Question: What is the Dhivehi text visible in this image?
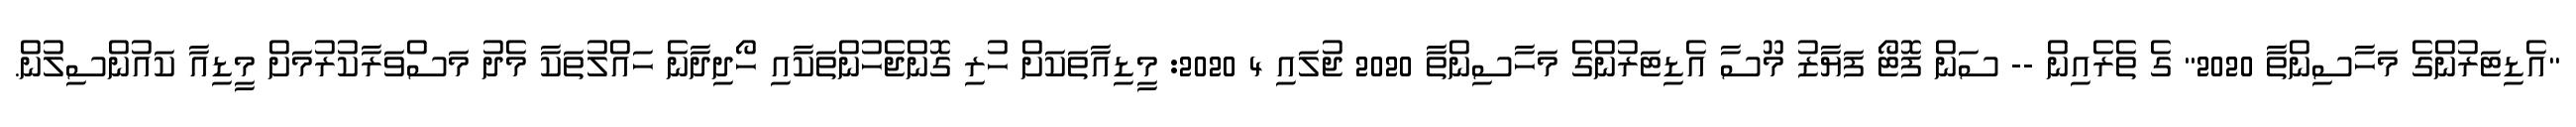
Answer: "އެޑިޓަރުންގެ މަހާސިންތާ 2020" ގެ ތެރެއިން -- ސަން ފޮޓޯ ފަޔާޒު މޫސާ އެޑިޓަރުންގެ މަހާސިންތާ 2020 ޖުލައި 4 2020: މީޑިއާތަކަށް ހުރި ގޮންޖެހުންތަކާއި ހޯދިދާނެ ހައްލުތަކާ މެދު މަސްވަރާކުރުމަށް މީޑިއާ ކައުންސިލުން.